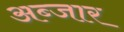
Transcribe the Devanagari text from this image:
अब्जार